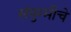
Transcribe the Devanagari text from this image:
संयुग्मीचे